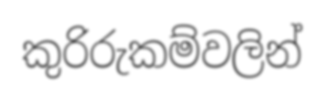
කුරිරුකම්වලින්